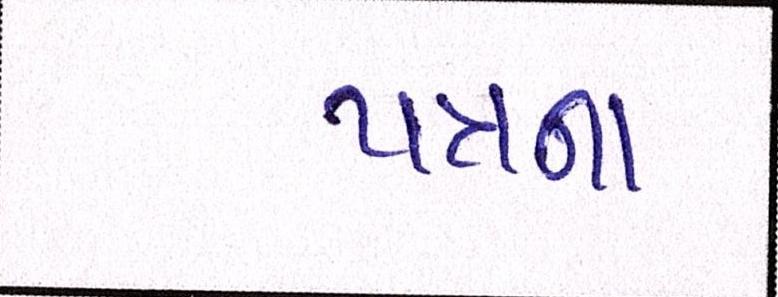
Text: પત્રના